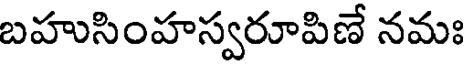
బహుసింహస్వరూపిణే నమః